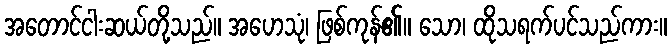
အတောင်ငါးဆယ်တို့သည်။ အဟေသုံ၊ ဖြစ်ကုန်၏။ သော၊ ထိုသရက်ပင်သည်ကား။